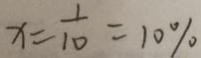
x = \frac { 1 } { 1 0 } = 1 0 \%